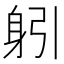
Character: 𨈧